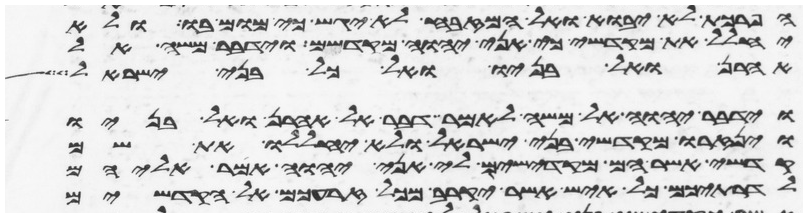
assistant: הפרכת לא יבוא ואל המזבח לא יגש כי מום בו ולא
יחלל את מקדשי כי אני יהוה מקדשם וידבר משה אל
אהרן ואל בניו ואל כל בני ישראל
וידבר יהוה אל משה לאמר דבר אל אהרן ואל בניו
וינזרו מקדשי בני ישראל ולא יחללו את שם
קדשי אשר הם מקדישים לי אני יהוה אמר אליהם
לדרתיכם כל איש אשר יקרב מכל זרעכם אל הקדשים